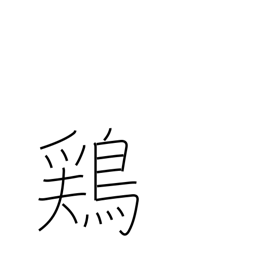
Meaning: chicken